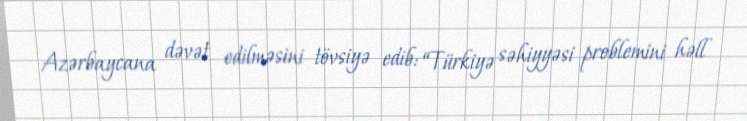
Azərbaycana dəvət edilməsini tövsiyə edib: “Türkiyə səhiyyəsi problemini həll